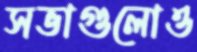
সভাগুলোও